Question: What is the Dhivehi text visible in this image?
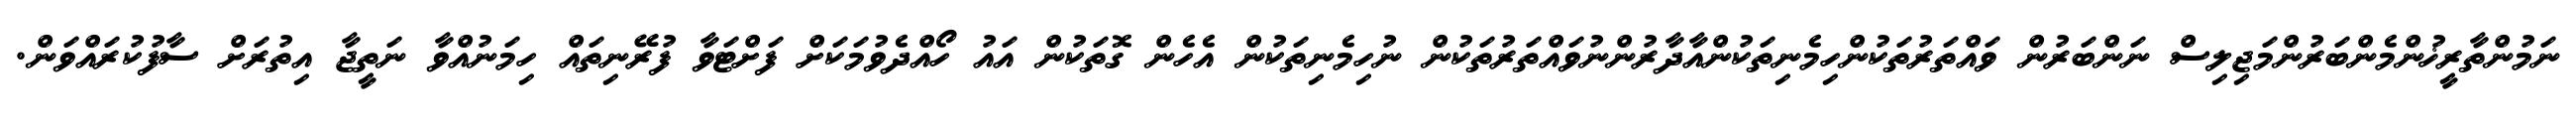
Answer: ނަމުންތާރީޚުންމެންބަރުންމަޖިލިސް ނަންބަރުން ވައްތަރުތަކުންހިމެނިތަކުންއާދާރުންނުވައްތަރުތަކުން ނުހިމެނިތަކުން އެހެން ގޮތަކުން އައު ހޯއްދެވުމަކަށް ފަށްޓަވާ ފުރޭނިތައް ހިމަނުއްވާ ނަތީޖާ އިތުރަށް ސާފުކުރައްވަން.